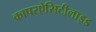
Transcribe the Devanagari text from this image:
कापरऐसिटीलाइड